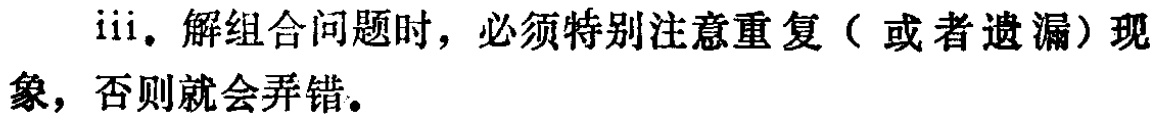
iii. 解组合问题时，必须特别注意重复（或者遗漏）现象，否则就会弄错。